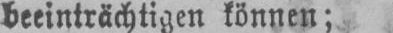
beeinträchtigen können;